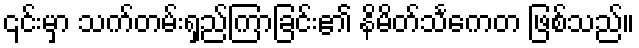
၎င်းမှာ သက်တမ်းရှည်ကြာခြင်း၏ နိမိတ်သင်္ကေတ ဖြစ်သည်။